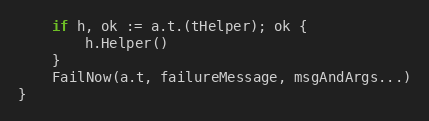
Language: Go
	if h, ok := a.t.(tHelper); ok {
		h.Helper()
	}
	FailNow(a.t, failureMessage, msgAndArgs...)
}